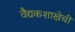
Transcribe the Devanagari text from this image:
वैद्यकशाखेची